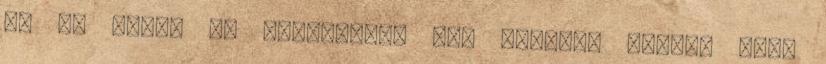
az is elég, ha elolvasunk egy könyvet ahhoz, hogy